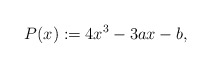
\begin{align*} P(x) := 4x^3 - 3ax - b, \end{align*}